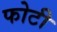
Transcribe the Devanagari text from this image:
फोटी